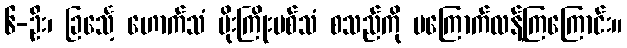
၆-ဦး၊ ခြင်္သေ့ ဟောက်သံ မိုးကြိုးပစ်သံ စသည်ကို မကြောက်လန့်ကြကြောင်း။